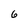
Character: 6